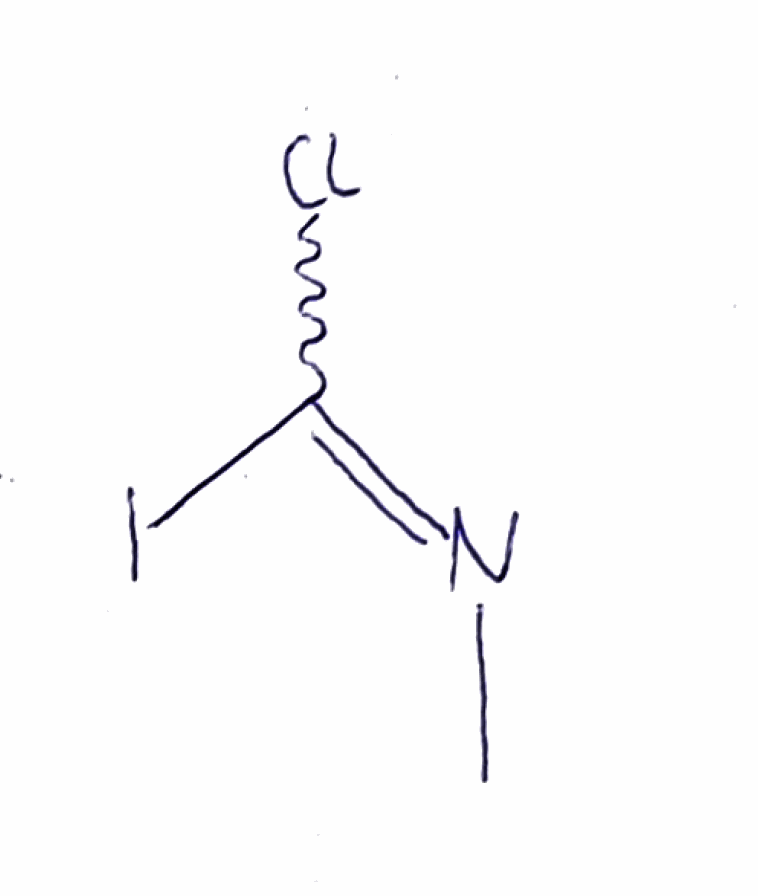
Simplified molecular-input line-entry system (SMILES) notation of the given molecule:
CN=C(Cl)I